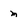
Character: m